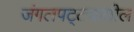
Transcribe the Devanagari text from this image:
जंगलपट्ट्यातील